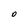
Character: O